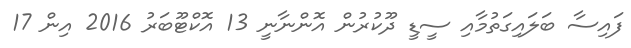
ފައިސާ ބަލައިގަތުމާއި ސީޑީ ދޫކުރުން އޮންނާނީ 13 އޮކްޓޫބަރު 2016 އިން 17